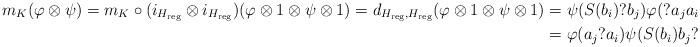
LaTeX: \begin{align*}m_K(\varphi \otimes \psi) = m_K \circ (i_{H_{\mathrm{reg}}} \otimes i_{H_{\mathrm{reg}}})\!\left( \varphi \otimes 1 \otimes \psi \otimes 1 \right) = d_{H_{\mathrm{reg}}, H_{\mathrm{reg}}}(\varphi \otimes 1 \otimes \psi \otimes 1)&= \psi(S(b_i)?b_j) \varphi(?a_ja_i)\\&= \varphi(a_j ? a_i) \psi(S(b_i)b_j ?)\end{align*}